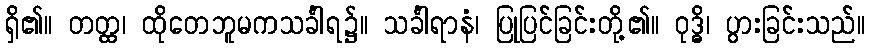
ရှိ၏။ တတ္ထ၊ ထိုတေဘူမကသင်္ခါရ၌။ သင်္ခါရာနံ၊ ပြုပြင်ခြင်းတို့၏။ ဝုဒ္ဓိ၊ ပွားခြင်းသည်။